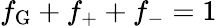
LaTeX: f_{\mathrm{G}}+f_{+}+f_{-}=1